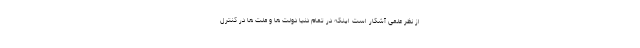
از نظر علمی آشکار است اینکه در تمام دنيا دولت ها و ملت ها در كنترل